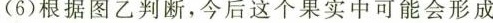
(6)根据图乙判断，今后这个果实中可能会形成